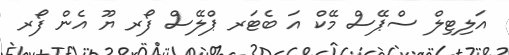
އަލިޓިލް ސްޕޭސް މޭކް އަ ބެޓަރ ޕްލޭސް ފޯރ ޔޫ އެން ފޯރ